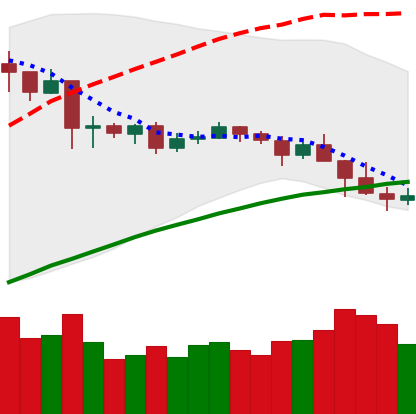
Ticker: NEO-USD
Chart end date: 2019-04-27
Forward return: 4.177%
Label: up_3_5